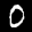
Label: 0